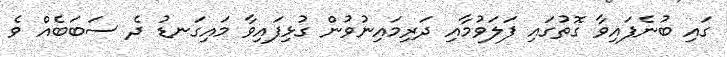
ގައި ބުނެފައިވާ ގޮތުގައި ފަލަވުމާއި ދަރިމައިނުވުން ގުޅިފައިވާ މައިގަނޑު ދެ ސަބަބެއް ވެ